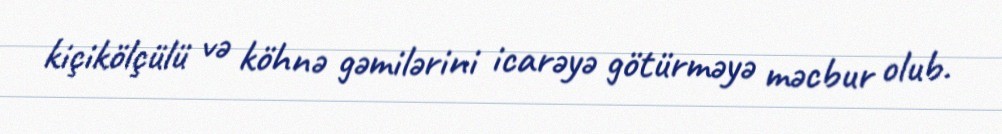
kiçikölçülü və köhnə gəmilərini icarəyə götürməyə məcbur olub.